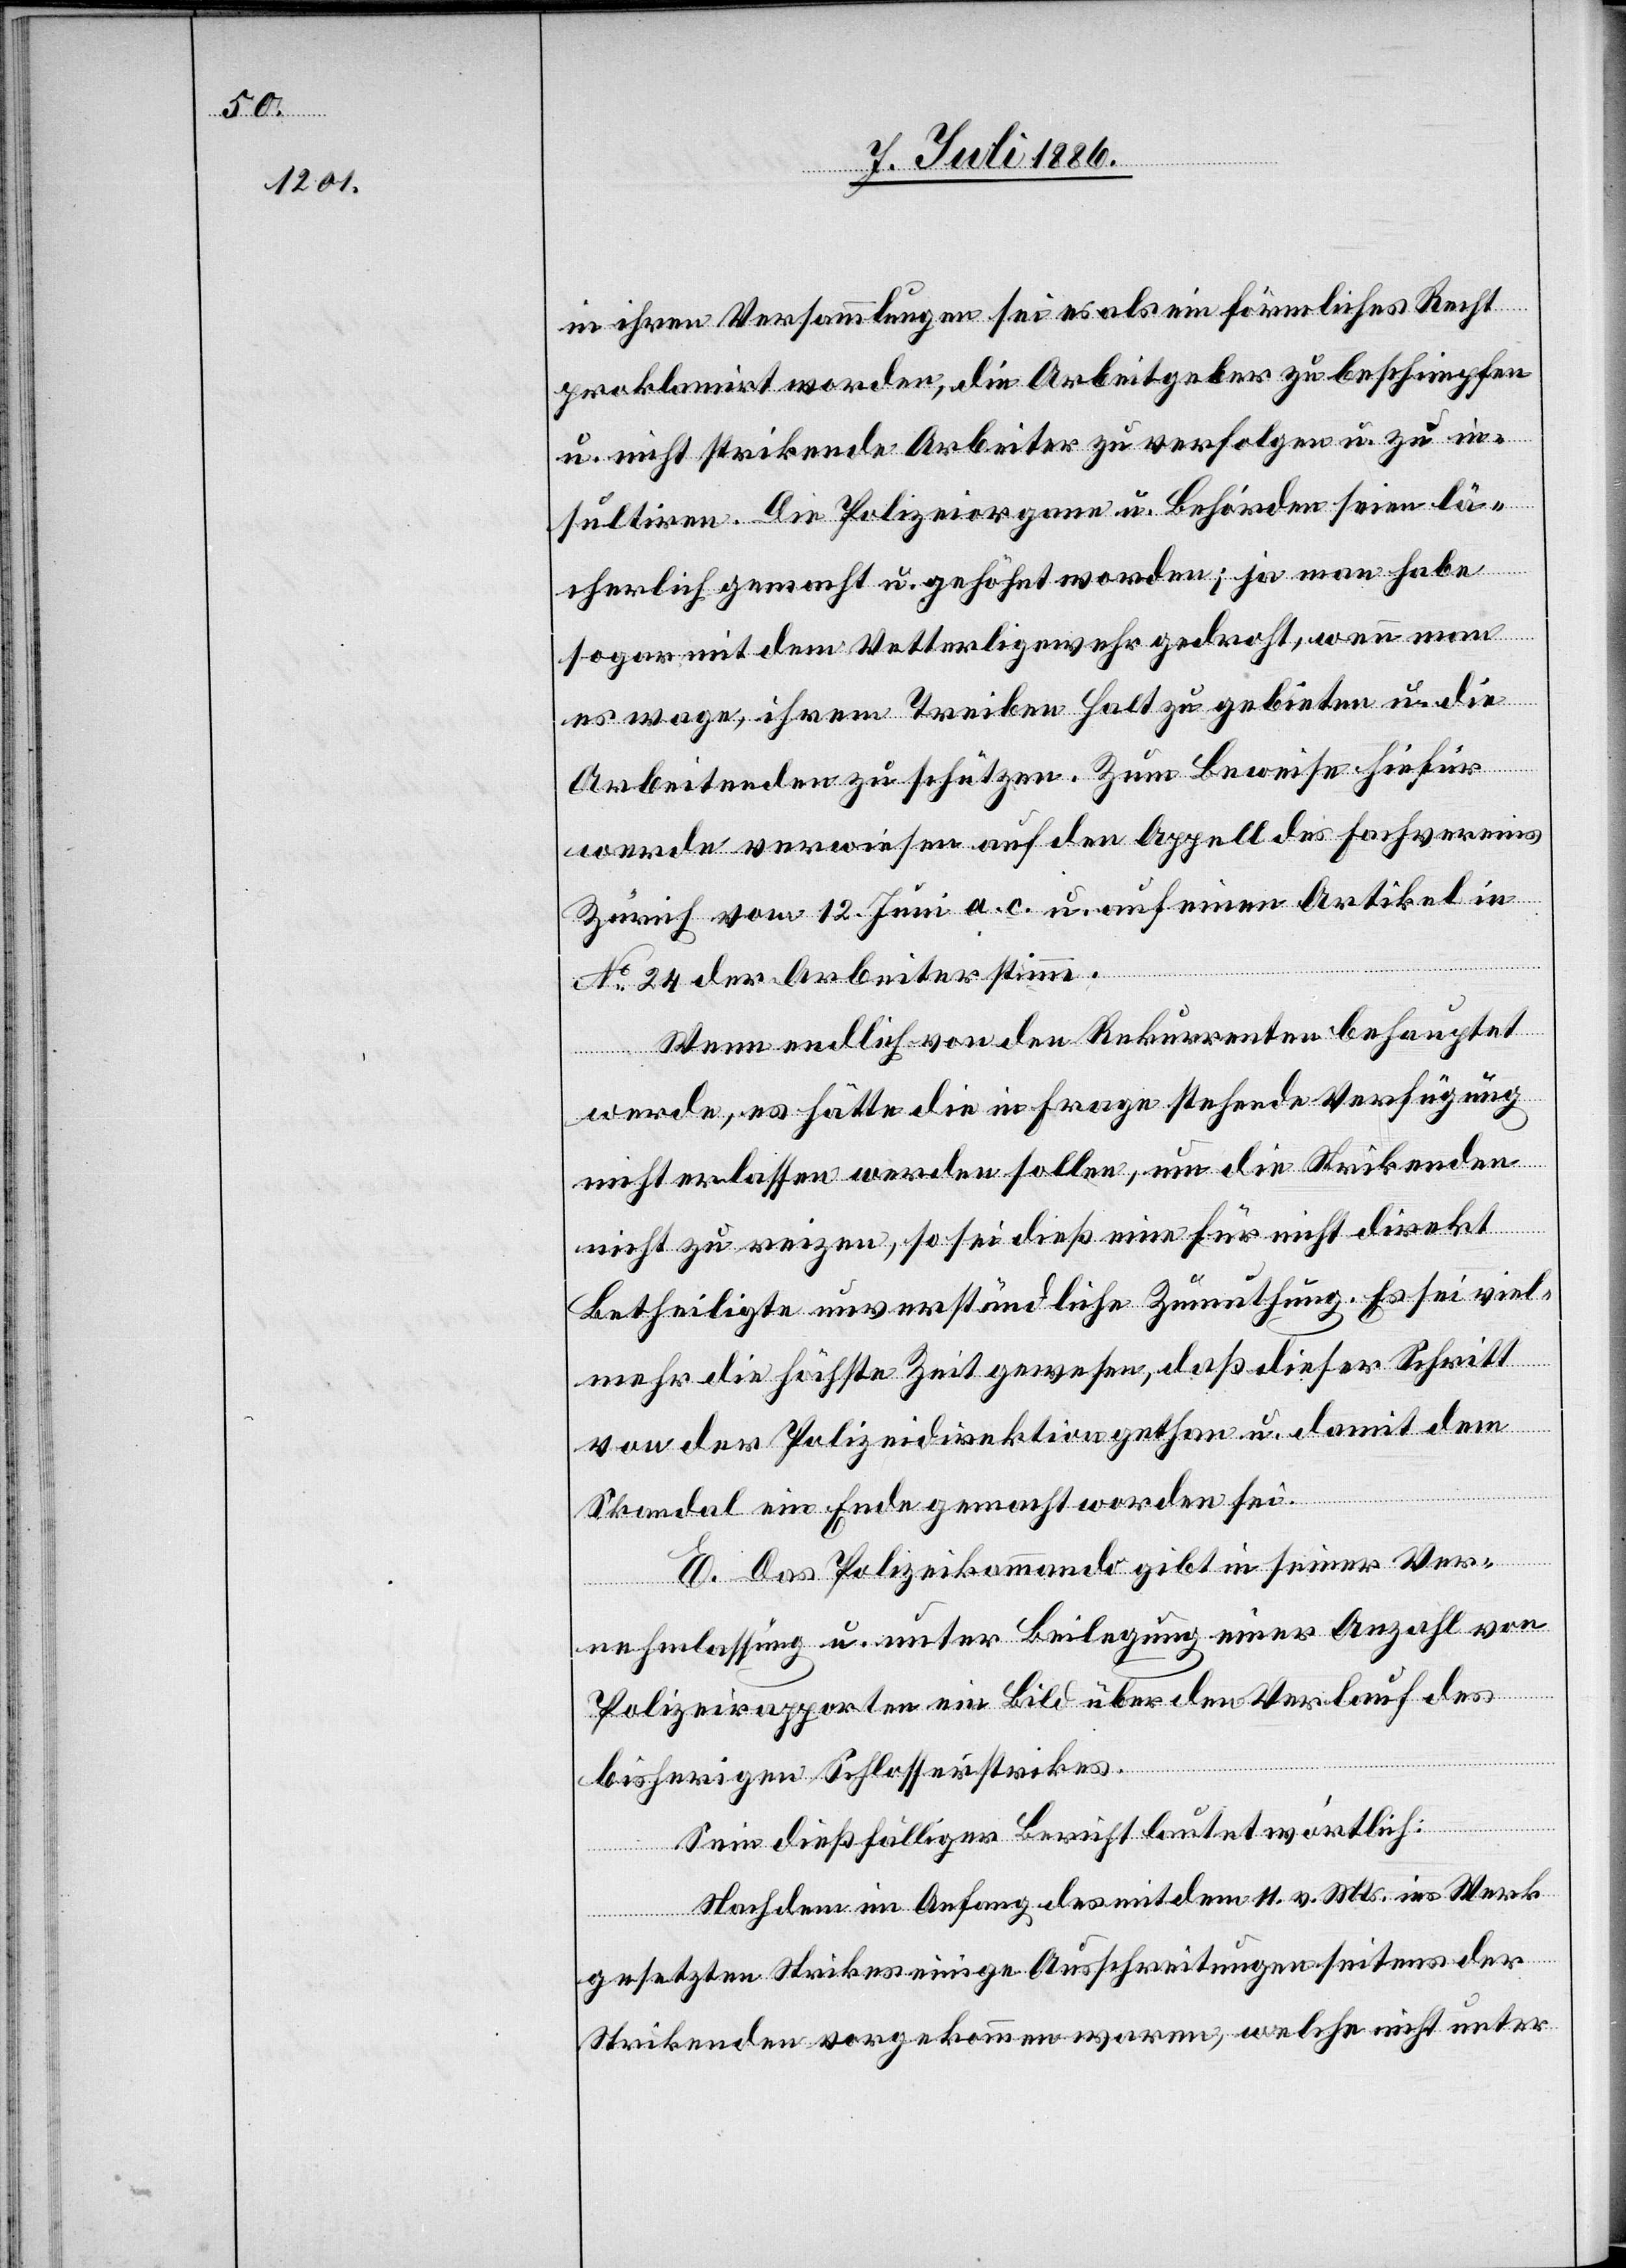
in ihren Versammlungen sei es als ein förmliches Recht
proklamirt worden, die Arbeitgeber zu beschimpfen
u. nicht strikende Arbeiter zu verfolgen u. zu in¬
sultiren. Die Polizeiorgane u. Behörden seien lä¬
cherlich gemacht u. gehöhnt worden; ja man habe
sogar mit dem Vetterligewehr gedroht, wenn man
es wage, ihrem Treiben Halt zu gebieten u. die
Arbeitenden zu schützen. Zum Beweise hiefür
werde verwiesen auf den Appell des Fachvereins
Zürich vom 12. Juni a. c. u. auf einen Artikel in
No 24 der Arbeiterstimme.
Wenn endlich von den Rekurrenten behauptet
werde, es hätte die in Frage stehende Verfügung
nicht erlassen werden sollen, um die Strikenden
nicht zu reizen, so sei dieß eine für nicht direkt
Betheiligte unverständliche Zumuthung. Es sei viel¬
mehr die höchste Zeit gewesen, daß dieser Schritt
von der Polizeidirektion gethan u. damit dem
Skandal ein Ende gemacht worden sei.
E. Das Polizeikommando gibt in seiner Ver¬
nehmlassung u. unter Beilegung einer Anzahl von
Polizeirapporten ein Bild über den Verlauf des
bisherigen Schlosserstrikes.
Sein dießfälliger Bericht lautet wörtlich:
Nachdem im Anfang des mit dem 11. v. Mts. ins Werk
gesetzten Strikes einige Ausschreitungen seitens der
Strikenden vorgekommen waren, welche nicht unter